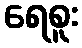
ရေစူး